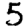
Digit: 5